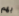
بهم